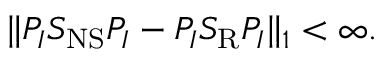
\| P _ { I } S _ { \mathrm { N S } } P _ { I } - P _ { I } S _ { \mathrm { R } } P _ { I } \| _ { 1 } < \infty .